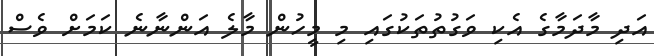
އަދި މާދަމާގެ އެކި ވަގުތުތަކުގައި މި މީހުން މާލެ އަންނާނެ ކަމަށް ވެސް